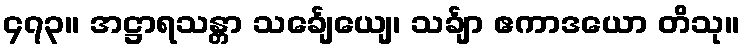
၄၇၃။ အဋ္ဌာရသန္တာ သင်္ချေယျေ၊ သင်္ချာ ဧကာဒယော တိသု။